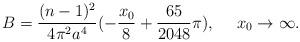
LaTeX: \begin{align*}B=\frac{(n-1)^2}{4 \pi^2 a^4}(-\frac{x_0}{8}+\frac{65}{2048}\pi),~~~~x_0\rightarrow \infty.\end{align*}